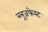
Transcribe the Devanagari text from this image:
ब्लूज़फेस्ट